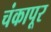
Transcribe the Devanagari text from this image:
चंकापूर